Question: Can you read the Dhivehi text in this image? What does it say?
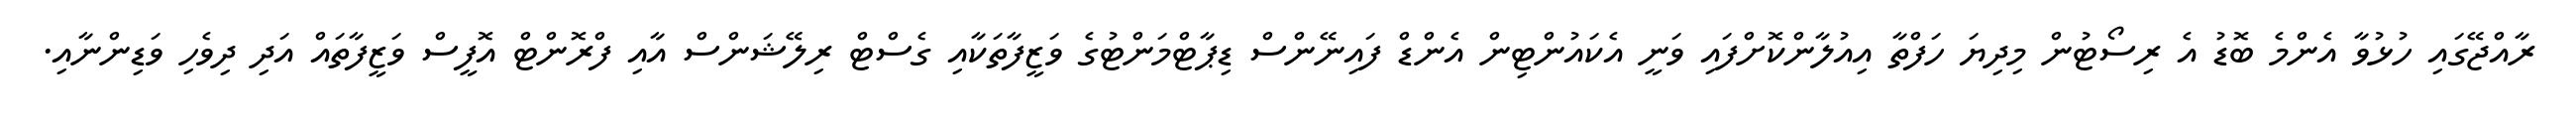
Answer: ރާއްޖޭގައި ހުޅުވާ އެންމެ ބޮޑު އެ ރިސޯޓުން މިދިޔަ ހަފްތާ އިއުލާންކޮށްފައި ވަނީ އެކައުންޓިން އެންޑް ފައިނޭންސް ޑިޕާޓްމަންޓުގެ ވަޒީފާތަކާއި ގެސްޓް ރިލޭޝަންސް އާއި ފްރޮންޓް އޮފީސް ވަޒީފާތައް އަދި ދިވެހި ވަޑިންނާއި.